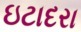
ઇટાદરા